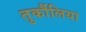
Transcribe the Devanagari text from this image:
तुर्कौलिया